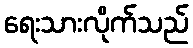
ရေးသားလိုက်သည်